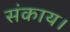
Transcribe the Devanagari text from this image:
संकाय।